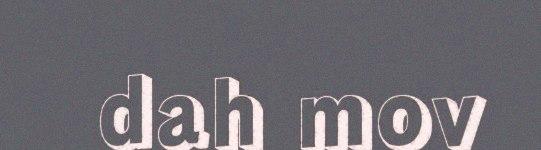
dah mov